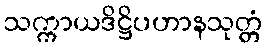
သက္ကာယဒိဋ္ဌိပဟာနသုတ္တံ